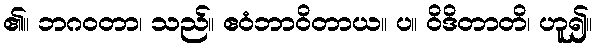
၏။ ဘဂဝတာ၊ သည်။ ဧဝံဘာဝိတာယ။ ပ။ ဝိဒိတာတိ၊ ဟူ၍။